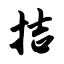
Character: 拮